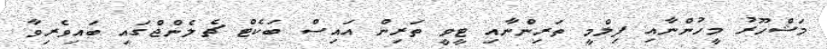
މަޝްހޫރު މީހުންނާއި ފިލްމީ ތަރިންނާއި ޓީވީ ތަރިން އައިސް ބަކެޓް ޗެލެންޖްގައި ބައިވެރިވާ